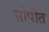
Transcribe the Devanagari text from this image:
सोपोत